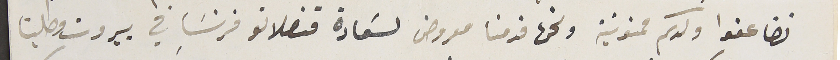
تضاعفوا ولدكم ممنونية ونحن قدمنا معروض لسَعادة قنصلاتو فرنسَا في بيروت وطلبنا